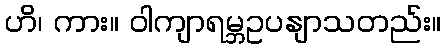
ဟိ၊ ကား။ ဝါကျာရမ္ဘဥပနျာသတည်း။